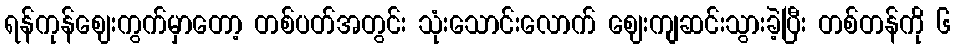
ရန်ကုန်ဈေးကွက်မှာတော့ တစ်ပတ်အတွင်း သုံးသောင်းလောက် ဈေးကျဆင်းသွားခဲ့ပြီး တစ်တန်ကို ၆